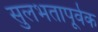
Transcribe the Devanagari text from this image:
सुलभतापूर्वक